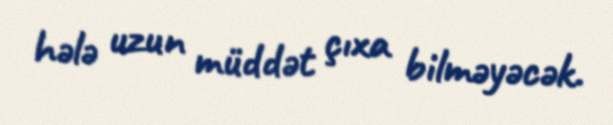
hələ uzun müddət çıxa bilməyəcək.